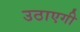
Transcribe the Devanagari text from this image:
उठाएगी